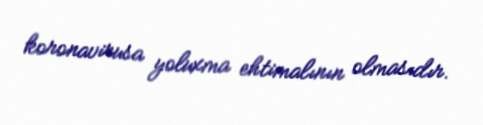
koronavirusa yoluxma ehtimalının olmasıdır.